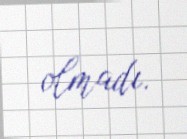
olmadı.